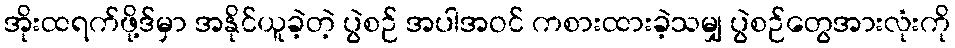
အိုးထရက်ဖို့ဒ်မှာ အနိုင်ယူခဲ့တဲ့ ပွဲစဉ် အပါအဝင် ကစားထားခဲ့သမျှ ပွဲစဉ်တွေအားလုံးကို